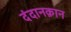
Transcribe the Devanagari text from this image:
दंदानक़ान